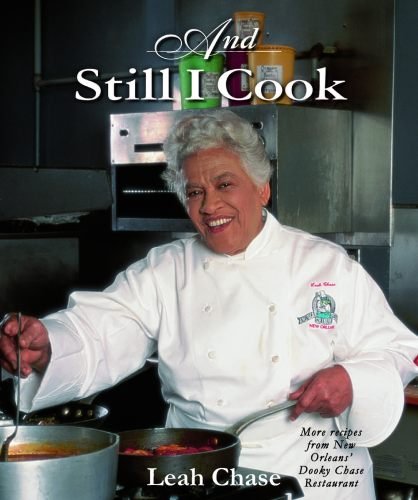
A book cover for And Still I Cook; Leah Chase; Cookbooks, Food & Wine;